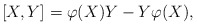
\begin{align*}[X,Y]=\varphi(X)Y-Y\varphi(X),\end{align*}